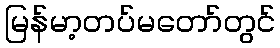
မြန်မာ့တပ်မတော်တွင်